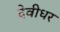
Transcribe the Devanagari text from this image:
देवीधर